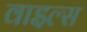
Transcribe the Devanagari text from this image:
वाइल्स